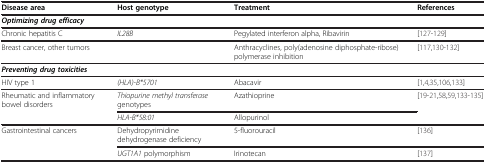
<table><thead><tr><td><b>Disease area</b></td><td><b>Host genotype</b></td><td><b>Treatment</b></td><td><b>References</b></td></tr></thead><tbody><tr><td><b><i>Optimizing drug efficacy</i></b></td><td> </td><td> </td><td> </td></tr><tr><td>Chronic hepatitis C</td><td><i>IL28B</i></td><td>Pegylated interferon alpha, Ribavirin</td><td>[127-129]</td></tr><tr><td>Breast cancer, other tumors</td><td> </td><td>Anthracyclines, poly(adenosine diphosphate-ribose) polymerase inhibition</td><td>[117,130-132]</td></tr><tr><td><b><i>Preventing drug toxicities</i></b></td><td> </td><td> </td><td> </td></tr><tr><td>HIV type 1</td><td><i>(HLA)-B*5701</i></td><td>Abacavir</td><td>[1,4,35,106,133]</td></tr><tr><td rowspan="2">Rheumatic and inflammatory bowel disorders</td><td><i>Thiopurine methyl transferase</i> genotypes</td><td>Azathioprine</td><td rowspan="2">[19-21,58,59,133-135]</td></tr><tr><td><i>HLA-B*58:01</i></td><td>Allopurinol</td></tr><tr><td rowspan="2">Gastrointestinal cancers</td><td>Dehydropyrimidine dehydrogenase deficiency</td><td>5-fluorouracil</td><td>[136]</td></tr><tr><td><i>UGT1A1</i> polymorphism</td><td>Irinotecan</td><td>[137]</td></tr></tbody></table>